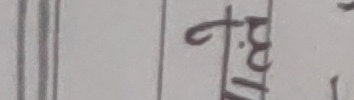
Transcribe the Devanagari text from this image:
बी.पी.